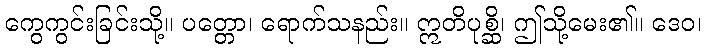
ကွေကွင်းခြင်းသို့။ ပတ္တော၊ ရောက်သနည်း။ ဣတိပုစ္ဆိ၊ ဤသို့မေး၏။ ဒေဝ၊